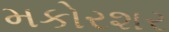
મકોરશર